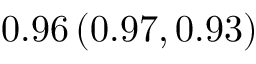
0 . 9 6 \left( 0 . 9 7 , 0 . 9 3 \right)